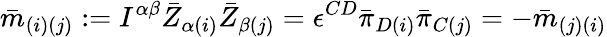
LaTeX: {\bar{m}}_{(i)(j)}:=I^{\alpha\beta}{\bar{Z}}_{\alpha(i)}{\bar{Z}}_{\beta(j)}=\epsilon^{CD}{\bar{\pi}}_{D(i)}{\bar{\pi}}_{C(j)}=-{\bar{m}}_{(j)(i)}